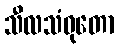
သီလသံဝုတော